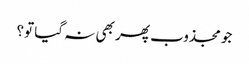
جو مجذوب پھر بھی نہ گیا تو؟